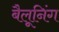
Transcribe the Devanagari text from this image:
बैलूनिंग